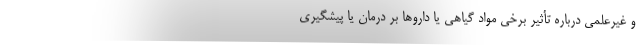
و غیرعلمی درباره تأثیر برخی مواد گیاهی یا داروها بر درمان یا پیشگیری